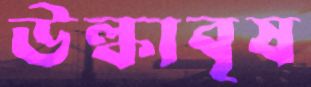
উল্কাবৃষ